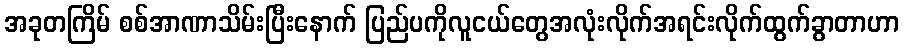
အခုတကြိမ် စစ်အာဏာသိမ်းပြီးနောက် ပြည်ပကိုလူငယ်တွေအလုံးလိုက်အရင်းလိုက်ထွက်ခွာတာဟာ